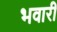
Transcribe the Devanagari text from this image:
भवारी